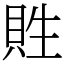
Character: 貹